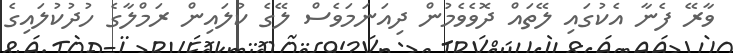
ވާރޭ ފެނާ އެކުގައި ލޭތައް ދޮވެވެމުން ދިއަނަމަވެސް ލޭގެ ކުލައިން ރަމްލާގެ ހުދުކުލައިގެ